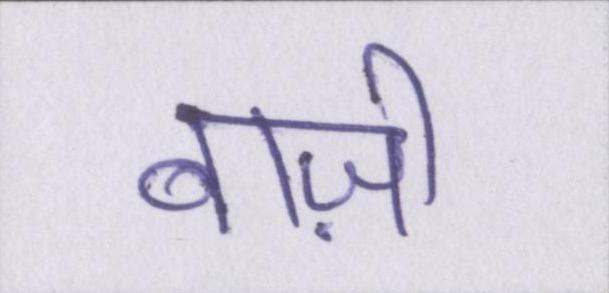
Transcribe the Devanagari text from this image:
बाज़ी